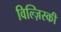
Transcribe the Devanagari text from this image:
विल्ज़िस्की